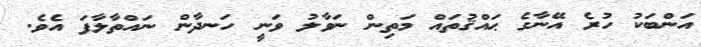
އަންބަކު ހުރެ އޭނާގެ ޙައްޤުތައް މަތިން ނަވާލު ވަނީ ހަނދާން ނައްތާލާފަ އެވެ.